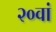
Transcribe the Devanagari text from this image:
२०वां